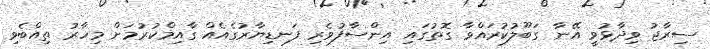
ސިރާޖު ވިދާޅުވީ އޭނާ ގަބޫލުކުރައްވާ ގޮތުގައި އިންސާފުވެރި ފަނޑިޔާރުގެއެއް ގާއިމްކުރުމަށް މިހާރު ތިއްބެވި